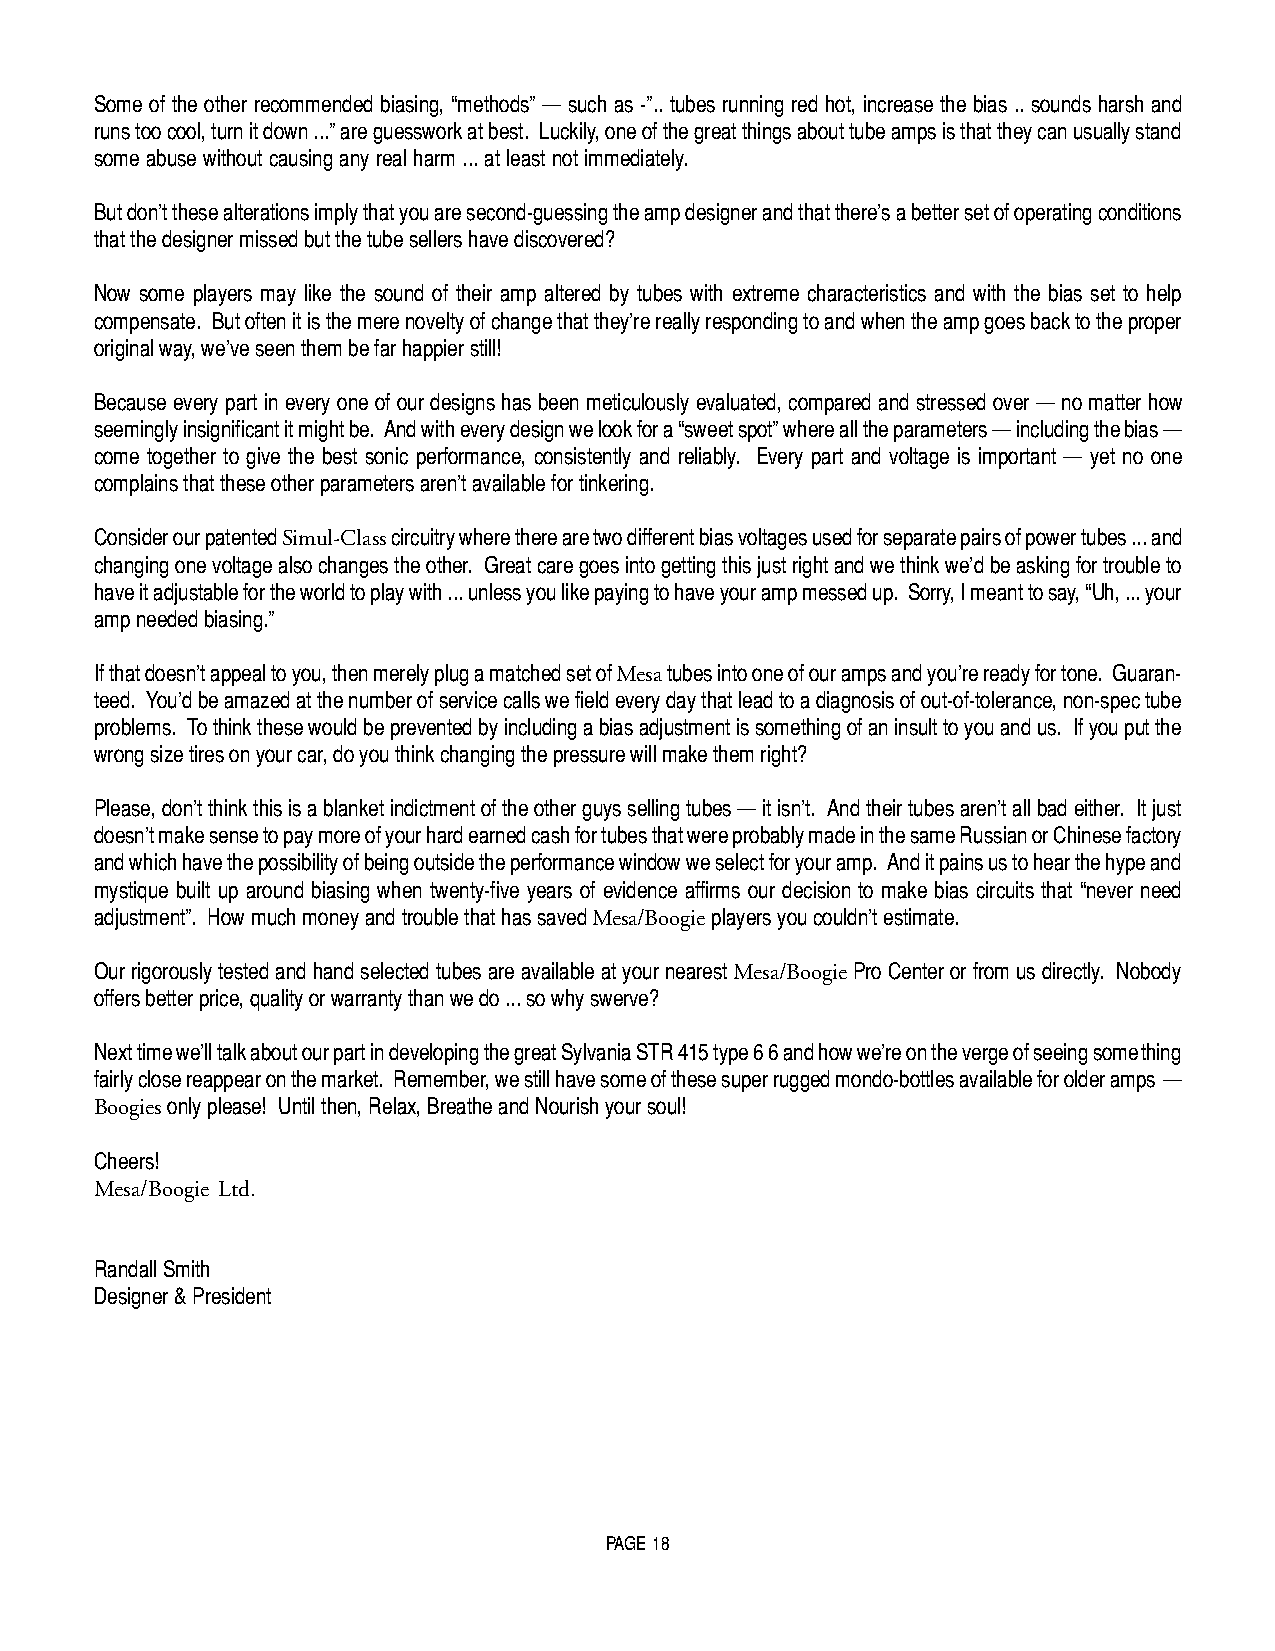
Some of the other recommended biasing, “methods” — such as -”.. tubes running red hot, increase the bias .. sounds harsh and
 runs too cool, turn it down ...” are guesswork at best. Luckily, one of the great things about tube amps is that they can usually stand
 some abuse without causing any real harm ... at least not immediately.
 But don’t these alterations imply that you are second-guessing the amp designer and that there’s a better set of operating conditions
 that the designer missed but the tube sellers have discovered?
 Now some players may like the sound of their amp altered by tubes with extreme characteristics and with the bias set to help
 compensate. But often it is the mere novelty of change that they’re really responding to and when the amp goes back to the proper
 original way, we’ve seen them be far happier still!
 Because every part in every one of our designs has been meticulously evaluated, compared and stressed over — no matter how
 seemingly insignificant it might be. And with every design we look for a “sweet spot” where all the parameters — including the bias —
 come together to give the best sonic performance, consistently and reliably. Every part and voltage is important — yet no one
 complains that these other parameters aren’t available for tinkering.
 Consider our patented Simul-Class circuitry where there are two different bias voltages used for separate pairs of power tubes ... and
 changing one voltage also changes the other. Great care goes into getting this just right and we think we’d be asking for trouble to
 have it adjustable for the world to play with ... unless you like paying to have your amp messed up. Sorry, I meant to say, “Uh, ... your
 amp needed biasing.”
 If that doesn’t appeal to you, then merely plug a matched set of Mesa tubes into one of our amps and you’re ready for tone. Guaran-
 teed. You’d be amazed at the number of service calls we field every day that lead to a diagnosis of out-of-tolerance, non-spec tube
 problems. To think these would be prevented by including a bias adjustment is something of an insult to you and us. If you put the
 wrong size tires on your car, do you think changing the pressure will make them right?
 Please, don’t think this is a blanket indictment of the other guys selling tubes — it isn’t. And their tubes aren’t all bad either. It just
 doesn’t make sense to pay more of your hard earned cash for tubes that were probably made in the same Russian or Chinese factory
 and which have the possibility of being outside the performance window we select for your amp. And it pains us to hear the hype and
 mystique built up around biasing when twenty-five years of evidence affirms our decision to make bias circuits that “never need
 adjustment”. How much money and trouble that has saved Mesa/Boogie players you couldn’t estimate.
 Our rigorously tested and hand selected tubes are available at your nearest Mesa/Boogie Pro Center or from us directly. Nobody
 offers better price, quality or warranty than we do ... so why swerve?
 Next time we’ll talk about our part in developing the great Sylvania STR 415 type 6 6 and how we’re on the verge of seeing something
 fairly close reappear on the market. Remember, we still have some of these super rugged mondo-bottles available for older amps —
 Boogies only please! Until then, Relax, Breathe and Nourish your soul!
 Cheers!
 Mesa/Boogie Ltd.
 Randall Smith
 Designer & President
 PAGE 18